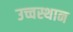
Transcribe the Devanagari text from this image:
उच्चस्थान